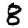
Digit: 8